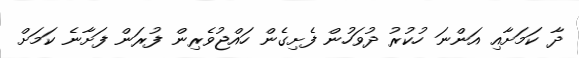
ދާ ކަމަށާއި އަންނަ ހުކުރު ދުވަހުން ފެށިގެން ހައްޖުވެރިން ފުރަން ފަށާނެ ކަމަށް